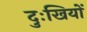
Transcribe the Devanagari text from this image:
दुःखियों